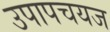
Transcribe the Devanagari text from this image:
उपापचयज